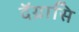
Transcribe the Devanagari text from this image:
दॅग्रासि